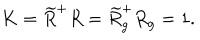
K = \widetilde { R } ^ { + } R = \widetilde { R } _ { g } ^ { + } R _ { g } = 1 .